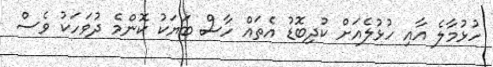
ހުޅުމާލެ އާއި ހުޅުލެއަށް ކުދިބޮޑު އެތައް ހާސް ބަޔަކު ކޮންމެ ދުވަހަކު ވެސް